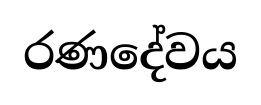
රණදේවය